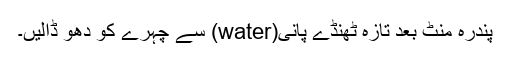
پندرہ منٹ بعد تازہ ٹھنڈے پانی(water) سے چہرے کو دھو ڈالیں۔